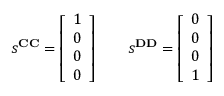
\begin{array} { r } { s ^ { \mathbf { C C } } = \left[ \begin{array} { l } { 1 } \\ { 0 } \\ { 0 } \\ { 0 } \end{array} \right] \qquad s ^ { \mathbf { D D } } = \left[ \begin{array} { l } { 0 } \\ { 0 } \\ { 0 } \\ { 1 } \end{array} \right] } \end{array}